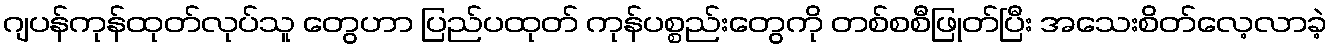
ဂျပန်ကုန်ထုတ်လုပ်သူ တွေဟာ ပြည်ပထုတ် ကုန်ပစ္စည်းတွေကို တစ်စစီဖြုတ်ပြီး အသေးစိတ်လေ့လာခဲ့